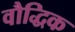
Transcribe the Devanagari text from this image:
वौद्धिक